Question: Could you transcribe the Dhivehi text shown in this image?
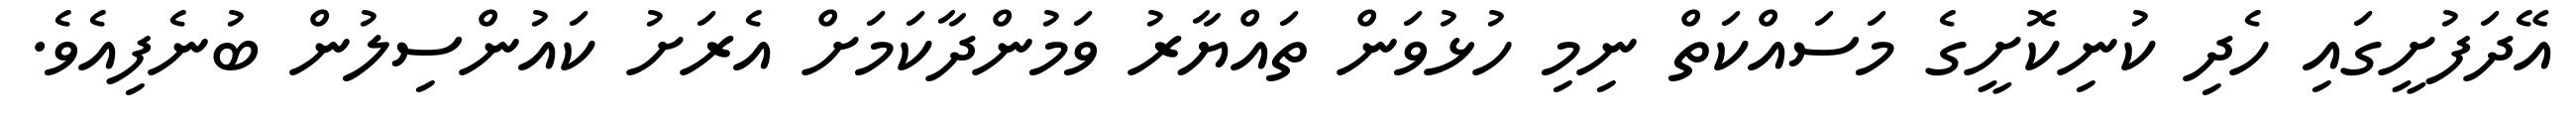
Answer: އޭދަފުށީގައި ހެދި ކުނިކޮށީގެ މަސައްކަތް ނިމި ހުޅުވަން ތައްޔާރު ވަމުންދާކަމަށް އެރަށު ކައުންސިލުން ބުނެފިއެވެ.